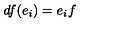
d f ( e _ { i } ) = e _ { i } f